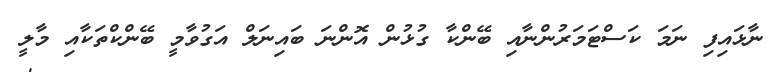
ނާޅައިފި ނަމަ ކަސްޓަމަރުންނާއި ބޭންކާ ގުޅުން އޮންނަ ބައިނަލް އަގުވާމީ ބޭންކްތަކާއި މާލީ